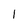
Character: 1